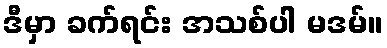
ဒီမှာ ခက်ရင်း အသစ်ပါ မဒမ်။